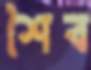
শৈব